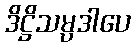
ဒိဋ္ဌိသမ္ပဒါပေ